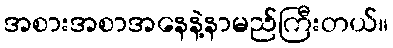
အစားအစာအနေနဲ့နာမည်ကြီးတယ်။